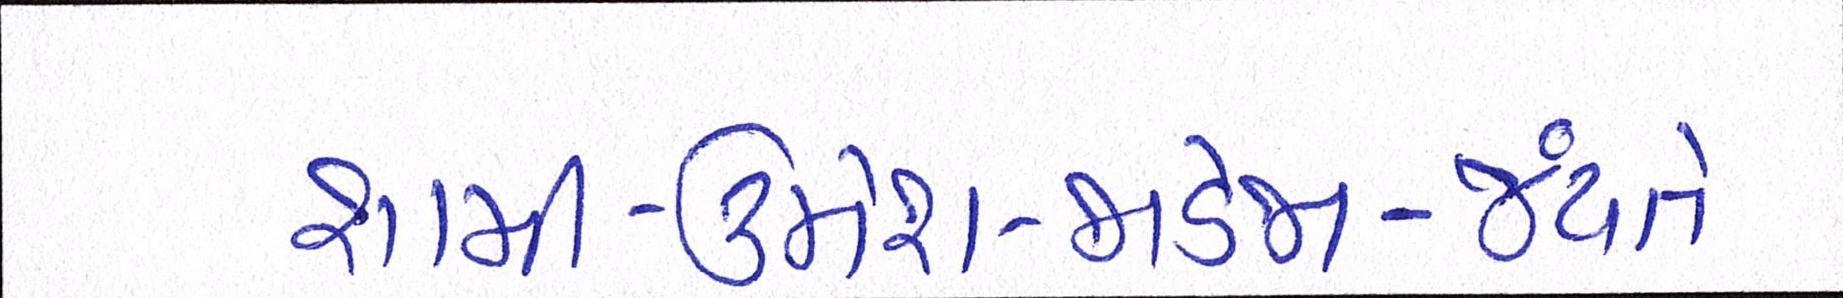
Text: શામી-ઉમેશ-જાડેજા-જયંતે